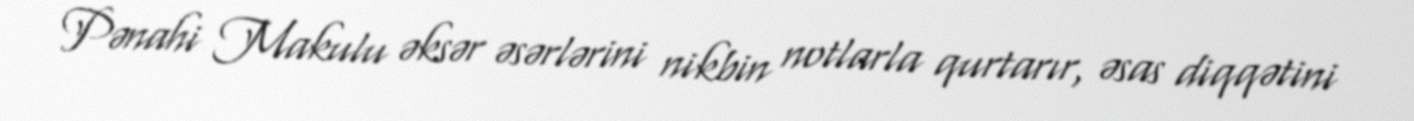
Pənahi Makulu əksər əsərlərini nikbin notlarla qurtarır, əsas diqqətini